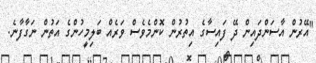
"އޭރުން އާސަންދައިން ދޭ ފައިސާގެ އިތުރުން ކޮންމެވެސް ވަރެއް ބަލިމީހުންގެ އަތުން ނަގާފާނެ.